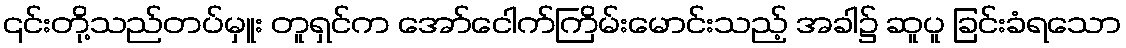
၎င်းတို့သည်တပ်မှူး တူရှင်က အော်ငေါက်ကြိမ်းမောင်းသည့် အခါ၌ ဆူပူ ခြင်းခံရသော